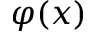
\varphi ( x )